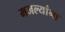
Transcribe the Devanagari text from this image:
मजल्यांना